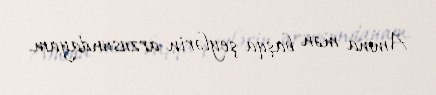
Amma mən başqa şeylərin arzusundayam.